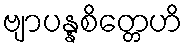
ဗျာပန္နစိတ္တေဟိ